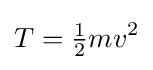
T={\tfrac {1}{2}}mv^{2}